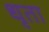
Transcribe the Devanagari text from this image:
धृता